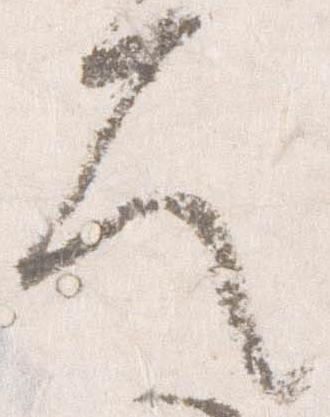
久